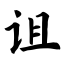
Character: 诅